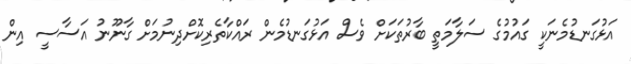
އަޅުގަނޑުމެނަކީ ގައުމުގެ ސަލާމަތީ ބާރުތަކަށް ވެސް އަޅުގަނޑުމެން ރައްކާތެރިކޮށްދިނުމަށް ގާނޫނު އަސާސީ އިން